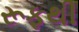
રૂફથી